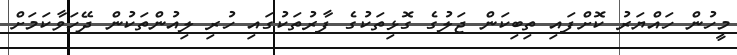
މީހުން ހައްޔަރު ކޮށްފައި ތިބިކަން ޖަލުގެ ގޮޅިތަކުގެ ފާރުތަކުގައި ހުރި ލިއުންތަކުން ދޭހަވާކަމަށް